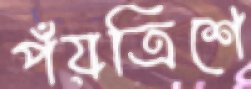
পঁয়ত্রিশে